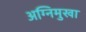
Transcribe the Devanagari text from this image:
अग्निमुखा